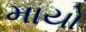
માયો